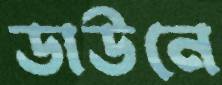
ডাউনে